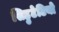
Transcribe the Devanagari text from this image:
सिहुटेटियो